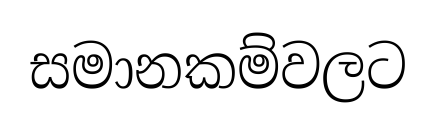
සමානකම්වලට